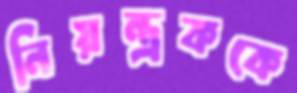
নিয়ন্ত্রককে